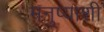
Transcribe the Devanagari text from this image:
मनुष्याशी